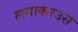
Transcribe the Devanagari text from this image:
लगाकरउसे